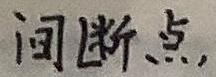
间断点